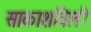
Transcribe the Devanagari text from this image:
साकाशविली